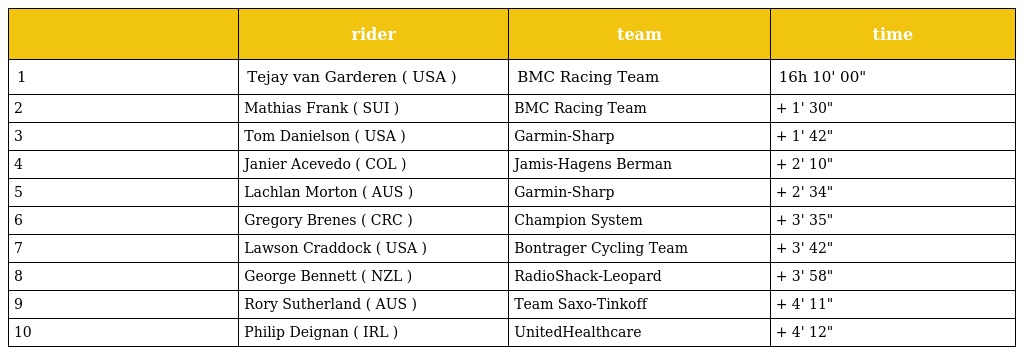
|  | rider | team | time |
 | --- | --- | --- | --- |
 | 1 | Tejay van Garderen ( USA ) | BMC Racing Team | 16h 10' 00" |
 | 2 | Mathias Frank ( SUI ) | BMC Racing Team | + 1' 30" |
 | 3 | Tom Danielson ( USA ) | Garmin-Sharp | + 1' 42" |
 | 4 | Janier Acevedo ( COL ) | Jamis-Hagens Berman | + 2' 10" |
 | 5 | Lachlan Morton ( AUS ) | Garmin-Sharp | + 2' 34" |
 | 6 | Gregory Brenes ( CRC ) | Champion System | + 3' 35" |
 | 7 | Lawson Craddock ( USA ) | Bontrager Cycling Team | + 3' 42" |
 | 8 | George Bennett ( NZL ) | RadioShack-Leopard | + 3' 58" |
 | 9 | Rory Sutherland ( AUS ) | Team Saxo-Tinkoff | + 4' 11" |
 | 10 | Philip Deignan ( IRL ) | UnitedHealthcare | + 4' 12" |